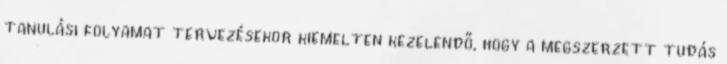
tanulási folyamat tervezésekor kiemelten kezelendő, hogy a megszerzett tudás